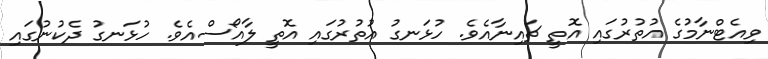
ވިއެޓްނާމުގެ އުތުރުގައި އޮތީ ޗައިނާއެވެ. ހުޅަނގު އުތުރުގައި އޮތީ ލާއޯސްއެވެ. ހުޅަނގު ދެކުނުގައި